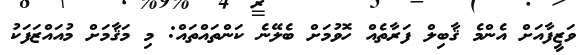
ވަޒީފާއަށް އެންމެ ޤާބިލް ފަރާތެއް ހޮވުމަށް ބެލޭނެ ކަންތައްތައް: މި މަޤާމަށް މުއައްޒަފަކު